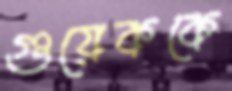
গুয়েককে